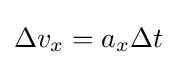
\Delta v_{x}=a_{x}\Delta t